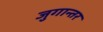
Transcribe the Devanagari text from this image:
जुगान्तर